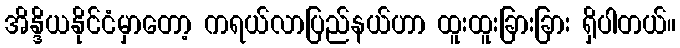
အိန္ဒိယနိုင်ငံမှာတော့ ကရယ်လာပြည်နယ်ဟာ ထူးထူးခြားခြား ရှိပါတယ်။